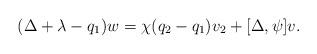
LaTeX: \begin{align*}(\Delta +\lambda -q_1)w= \chi(q_2-q_1)v_2+[\Delta,\psi]v.\end{align*}